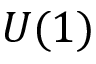
U ( 1 )